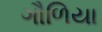
ગૌળિયા